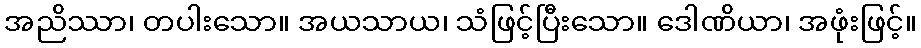
အညိဿာ၊ တပါးသော။ အယသာယ၊ သံဖြင့်ပြီးသော။ ဒေါဏိယာ၊ အဖုံးဖြင့်။